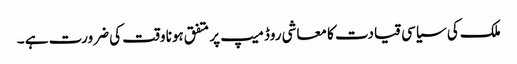
ملک کی سیاسی قیادت کا معاشی روڈ میپ پر متفق ہونا وقت کی ضرورت ہے ۔